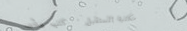
مكتبة المستقبل   كتب وأدب